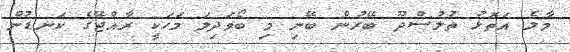
މާލެ އަތޮޅު ތުލުސްދޫ ބޭރުން ބޭނި މި ބޯވަދިލަ މަހަކީ ރާއްޖޭގެ ކަނޑުން